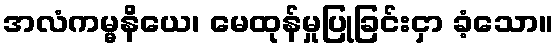
အလံကမ္မနိယေ၊ မေထုန်မှုပြုခြင်းငှာ ခံ့သော။